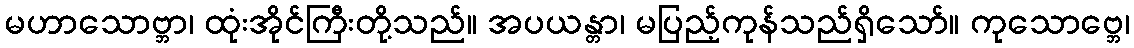
မဟာသောဗ္ဘာ၊ ထုံးအိုင်ကြီးတို့သည်။ အပယန္တာ၊ မပြည့်ကုန်သည်ရှိသော်။ ကုသောဗ္ဘေ၊